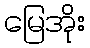
မြေအိုး